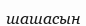
шашасын